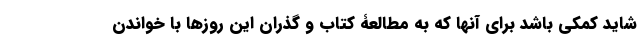
شاید کمکی باشد برای آنها که به مطالعۀ کتاب و گذران این روزها با خواندن